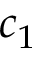
c _ { 1 }